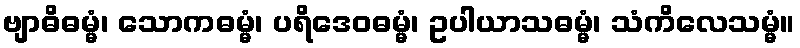
ဗျာဓိဓမ္မံ၊ သောကဓမ္မံ၊ ပရိဒေဝဓမ္မံ၊ ဥပါယာသဓမ္မံ၊ သံကိလေသမ္မံ။